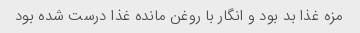
مزه غذا بد بود و انگار با روغن مانده غذا درست شده بود